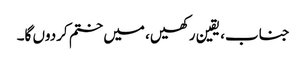
جناب، یقین رکھیں، میں ختم کردوں گا۔